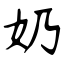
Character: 奶